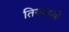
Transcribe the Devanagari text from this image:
तिरुमंगयी